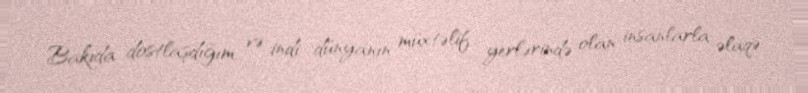
Bakıda dostlaşdığım, və indi dünyanın müxtəlif yerlərində olan insanlarla əlaqə